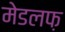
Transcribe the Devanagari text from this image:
मेडलफ़